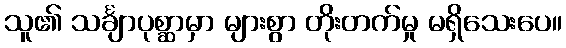
သူ၏ သင်္ချာပုစ္ဆာမှာ များစွာ တိုးတက်မှု မရှိသေးပေ။